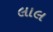
લાલ